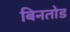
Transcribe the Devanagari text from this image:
बिनतोड